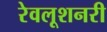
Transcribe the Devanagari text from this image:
रेवलूशनरी